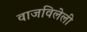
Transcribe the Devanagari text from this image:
वाजविलेली